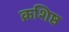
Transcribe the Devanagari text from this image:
क्रशिष्ठ